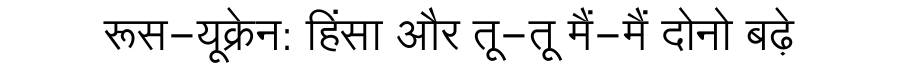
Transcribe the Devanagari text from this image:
रूस-यूक्रेन: हिंसा और तू-तू मैं-मैं दोनो बढ़े